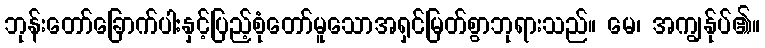
ဘုန်းတော်ခြောက်ပါးနှင့်ပြည့်စုံတော်မူသောအရှင်မြတ်စွာဘုရားသည်။ မေ၊ အကျွန်ုပ်၏။